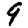
Digit: 9